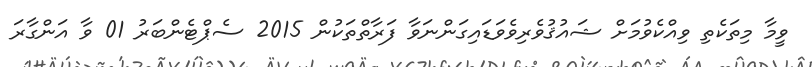
ވީމާ މިތަކެތި ވިއްކެވުމަށް ޝައުޤުވެރިވެވަޑައިގަންނަވާ ފަރާތްތަކުން 2015 ސެޕްޓެންބަރު 01 ވާ އަންގާރަ